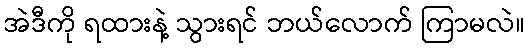
အဲဒီကို ရထားနဲ့ သွားရင် ဘယ်လောက် ကြာမလဲ။